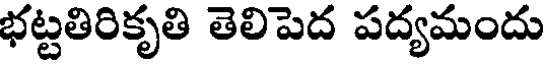
భట్టతిరికృతి తెలిపెద పద్యమందు